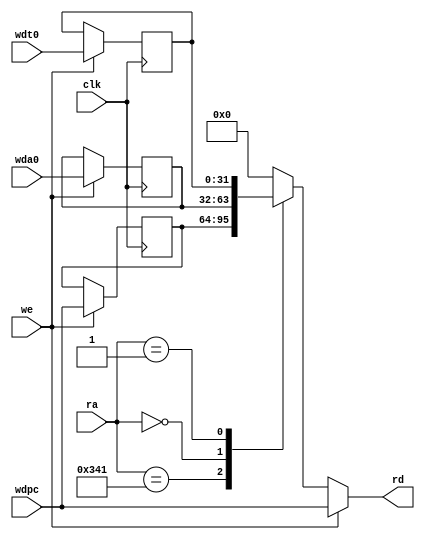
module CSR (
    input clk,
    input we,
    input [11:0] ra,
    output reg [31:0] rd,
    input [31:0] wdpc,
    input [31:0] wda0,
    input [31:0] wdt0
);
    reg [31:0] mepc = 0;
    reg [31:0] save_a0 = 0;
    reg [31:0] save_t0 = 0;
    always @(*) begin
        if (we) rd = wdpc; // Write-first
        else case (ra)
            12'h341: rd = mepc;
            12'h000: rd = save_a0;
            12'h001: rd = save_t0;
            default: rd = 0;
        endcase
    end
    // Write
    always @(posedge clk) begin
        if (we) begin
            mepc <= wdpc;
            save_a0 <= wda0;
            save_t0 <= wdt0;
        end
    end
endmodule